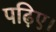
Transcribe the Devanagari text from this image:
पढ़िए।